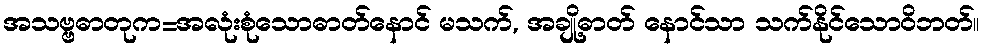
အသဗ္ဗဓာတုက=အလုံးစုံသောဓာတ်နောင် မသက်, အချို့ဓာတ် နောင်သာ သက်နိုင်သောဝိဘတ်။